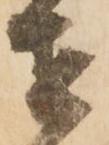
せ